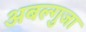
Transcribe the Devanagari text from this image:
अबल्गुजा